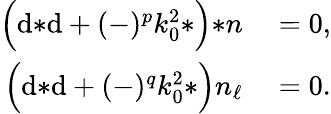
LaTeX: \begin{array}{rl}{\Big(\mathrm{d}{*\mathrm{d}}+(-)^{p}k_{0}^{2}{*}\Big){*n}}&{{}=0,}\\ {\Big(\mathrm{d}{*\mathrm{d}}+(-)^{q}k_{0}^{2}{*}\Big)n_{\ell}}&{{}=0.}\end{array}